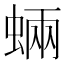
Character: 蜽